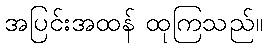
အပြင်းအထန် ထုကြသည်။